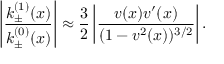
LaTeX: \left| \frac { k _ { \pm } ^ { ( 1 ) } ( x ) } { k _ { \pm } ^ { ( 0 ) } ( x ) } \right| \approx \frac { 3 } { 2 } \left| \frac { v ( x ) v ^ { \prime } ( x ) } { ( 1 - v ^ { 2 } ( x ) ) ^ { 3 / 2 } } \right| .